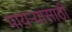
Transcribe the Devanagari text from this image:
पायऱ्यासाठी